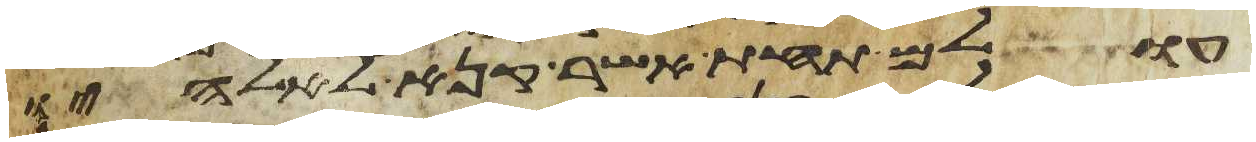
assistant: עולם תחת אשר קנא לאלהיו